Report of the Indian Hemp Drugs Commission, 1894-1895 - Volume III
Year: 1894
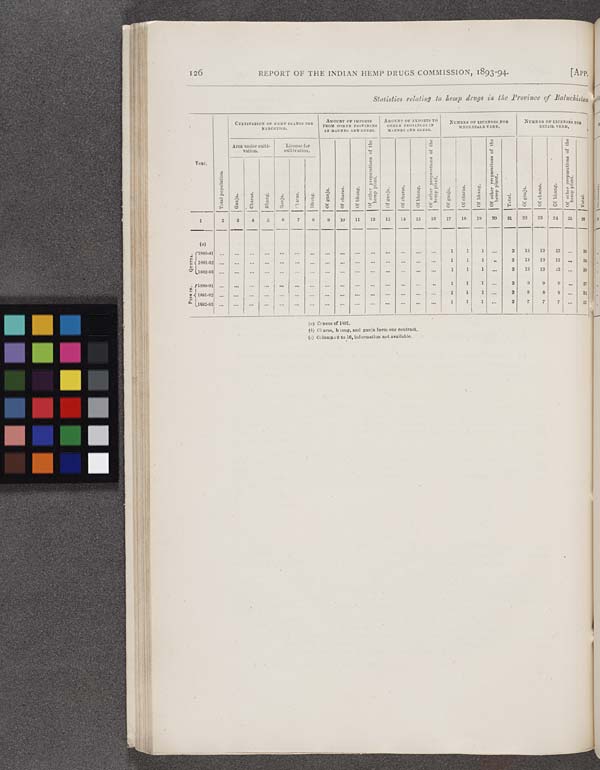
126
REPORT OF THE INDIAN HEMP DRUGS COMMISSION, 1893-94.
[App.
Statistics relating to hemp drugs in the Province of Baluchistan
Total population.
CULTIVATION
OF
HEMP
PLANTS
FOR
NARCOTICS.
AMOUNT OF IMPOSTS
FROM OTHER PROVINCES
IN MAUNDS AND SEERS.
AMOUNT OF EXPORTS TO
OTHER PROVINCES IV
MAUNDS AND SEERS.
NUMBER OF LICENSES FOR
WHOLESALE VEND.
NUMBER OF LICENSES FOR
RETAIL VEND.
Total population.
Area under culti-
vation.
License for
cultivation.
Of ganja.
Of charas.
Of bhang.
Of other preparations of the
hemp plant.
Of ganja.
Of charas.
Of bhang.
Of other preparations of the
hemp plant.
Of ganja.
Of charas.
Of bhang.
Of other preparations of the
hemp plant.
Total.
Of ganja.
Of charas.
Of bhang.
Of other preparations of the
hemp plant.
Total.
Year.
Total population.
Ganja.
Charas.
Bhang.
Ganj a.
Char as. Bhang.
Of ganja.
Of charas.
Of bhang.
Of other preparations of the
hemp plant.
Of ganja.
Of charas.
Of bhang.
Of other preparations of the
hemp plant.
Of ganja.
Of charas.
Of bhang.
Of other preparations of the
hemp plant.
Total.
Of ganja.
Of charas.
Of bhang.
Of other preparations of the
hemp plant.
Total.
1
2
3
4
5
6
7
8
9
10
11
12
13
14
15
16
17
18
19
20
21
22
23
24
25
26
(a)
Quetta.
1890-91
1 1
1
3
13
13
13
39
Quetta.
1891-92
1 1
1
3
13
13
13
39
Quetta.
1892-93
1 1
1
3
13
13
13
39
PISE IN.
1890-91
1 1
1
3
9
9
9
27
PISE IN.
1891-92
1 1
1
3
8
8
8
34
PISE IN.
1892-93
1 1
1
3
7
7
7
21
(a) Census of 1891.
(b) Charas, biang and ganja form one contract.
(c) Columns 9 to 16, information not available.